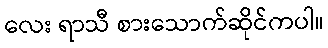
လေး ရာသီ စားသောက်ဆိုင်ကပါ။